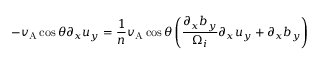
- v _ { \mathrm { A } } \cos \theta \partial _ { x } u _ { y } = \frac { 1 } { n } v _ { \mathrm { A } } \cos \theta \left( \frac { \partial _ { x } b _ { y } } { \Omega _ { i } } \partial _ { x } u _ { y } + \partial _ { x } b _ { y } \right)